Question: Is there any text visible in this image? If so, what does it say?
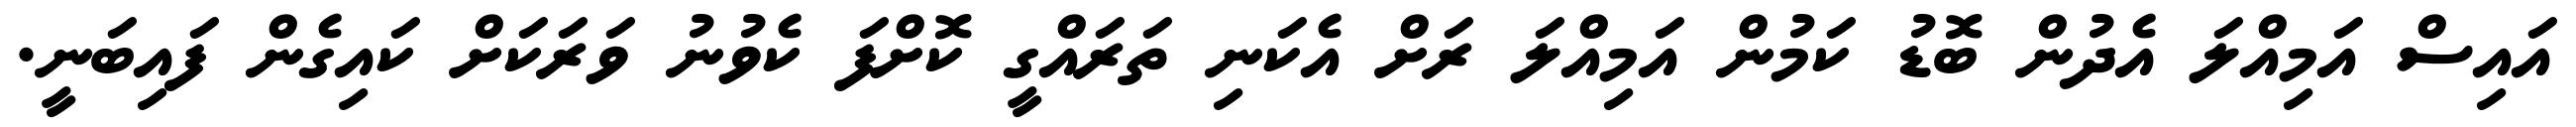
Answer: އައިސް އަމިއްލަ އެދުން ބޮޑު ކަމުން އަމިއްލަ ރަށް އެކަނި ތަރައްގީ ކޮށްފަ ކެވުނު ވަރަކަށް ކައިގެން ފައިބަނީ.